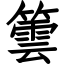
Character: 䉙